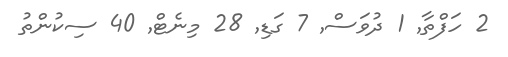
2 ހަފްތާ